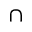
\cap